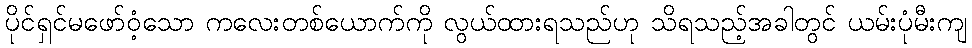
ပိုင်ရှင်မဖော်ဝံ့သော ကလေးတစ်ယောက်ကို လွယ်ထားရသည်ဟု သိရသည့်အခါတွင် ယမ်းပုံမီးကျ